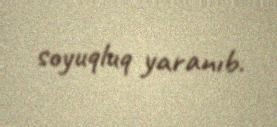
soyuqluq yaranıb.